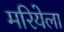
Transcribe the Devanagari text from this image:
मरियेला